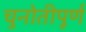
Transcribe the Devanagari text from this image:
चुनोतीपूर्ण